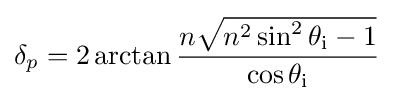
\delta _{p}=2\arctan {\frac {n{\sqrt {n^{2}\sin ^{2}\theta _{\text{i}}-1}}}{\cos \theta _{\text{i}}}}